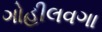
ગોહીલવગા